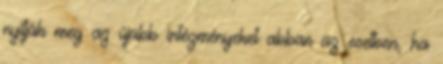
nyitják meg az újabb intézményeket abban az esetben, ha